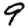
Digit: 9